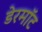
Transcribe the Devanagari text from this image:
डेरमॉट